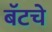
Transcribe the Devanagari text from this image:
बॅटचे